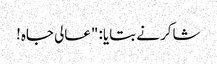
شاکر نے بتایا: "عالی جاہ!